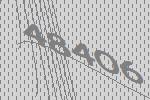
48406